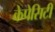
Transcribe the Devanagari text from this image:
केपेसिटी